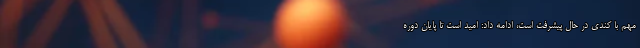
مهم با کندی در حال پیشرفت است، ادامه داد: امید است تا پایان دوره